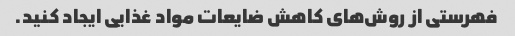
فهرستی از روش‌های کاهش ضایعات مواد غذایی ایجاد کنید.